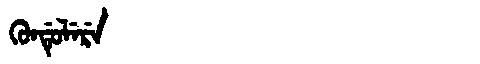
Manchu: ᡴᡠᠨᡩᡠᠯᡝᡵᡝ
Romanization: KUNDULERE